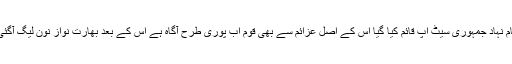
جبکہ قسمتی سے پہلے این آراوزدہ نام نہاد جمہوری سیٹ اپ قائم کیا گیا اس کے اصل عزائم سے بھی قوم اب پوری طرح آگاہ ہے اس کے بعد بھارت نواز نون لیگ آگئی اور معاملات سب کے سامنے ہیں ۔